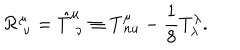
{ \cal R } _ { \ \nu } ^ { \mu } = { \hat { T } } _ { \ \nu } ^ { \mu } \equiv T _ { \, n u } ^ { \mu } - { \frac { 1 } { 8 } } T _ { \lambda } ^ { \lambda } .